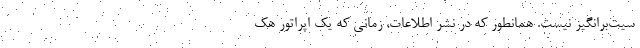
سیت‌برانگیز نیست. همانطور که در نشر اطلاعات، زمانی که یک اپراتور هک